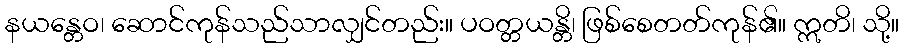
နယန္တေဝ၊ ဆောင်ကုန်သည်သာလျှင်တည်း။ ပဝတ္တယန္တိ၊ ဖြစ်စေတတ်ကုန်၏။ ဣတိ၊ သို့။